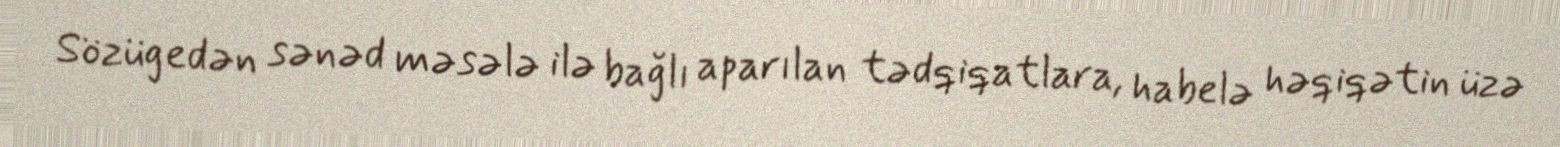
Sözügedən sənəd məsələ ilə bağlı aparılan tədqiqatlara, habelə həqiqətin üzə